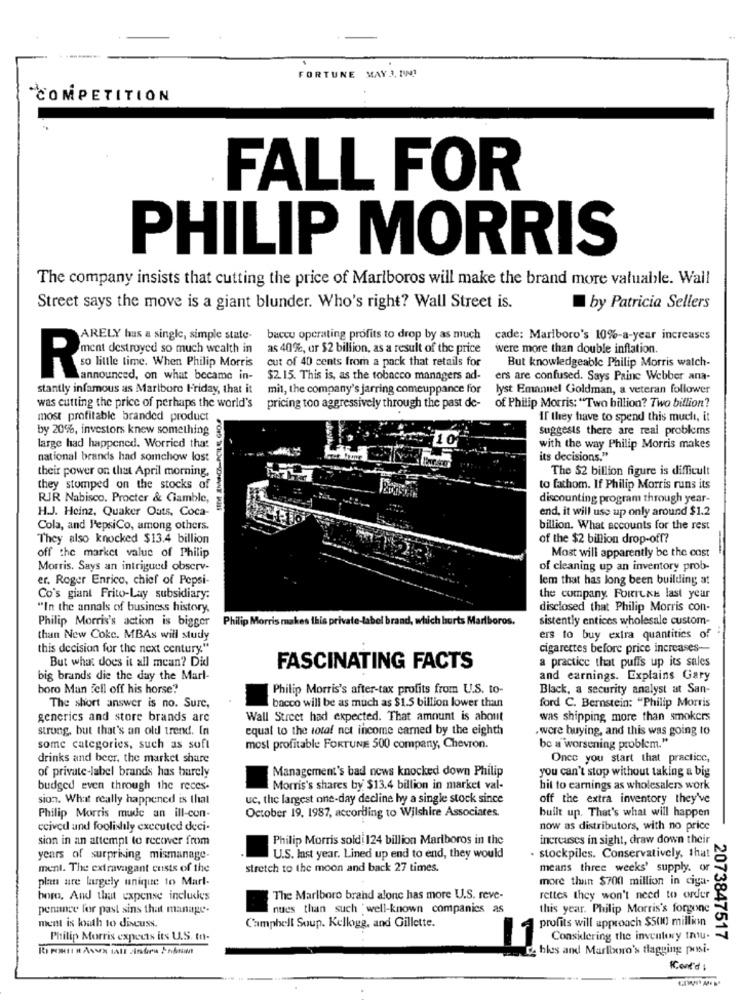
FORTUNE MAY 3. 11M1
"COMPETITION
FALL FOR
PHILIP MORRIS
The company insists that cutting the price of Marlboros will make the brand more valuable. Wall
Street says the move is a giant blunder. Who's right? Wall Street is.
by Patricia Sellers
ARELY hus a single, simple state-
baccu operating profits to drop by as much
cade: Mariboro's 10%-a-year increases
as 40%, or $2 billion, as a result of the price
were more than double inflation.
ment destroyed so much wealth in
cut of 40 cents from a pack that retails for
But knowledgeable Philip Morris watch-
Reis Ine, When Philip Morris
announced, on what became in-
$2.15. This is, as the tobacco managers ad-
ers are confused. Says Paine Webber ana-
stantly infamous as Marlboro Friday, that it
mit, the company's jarring comeuppance for
lyst Emanuel Goldman, a veteran follower
was cutting the price of perhaps the world's
pricing too aggressively through the past de-
of Philip Morris: "Two billion? Two billion?
most profitable branded product
If they have to spend this mucht, it
by 20%, investors knew something
suggests there are real problems
large had happened. Worried that
with the way Philip Morris makes
national brands had somchow lost
its decisions."
their power on that April morning,
The $2 billion figure is difficult
they stomped on the stocks of
to fathom. If Philip Morris runs its
RJR Nabisco. Procter & Ciamble,
discounting program through year-
H.J. Heinz, Quaker Outs, Coca-
end, it will use up only around $1.2
Cola, and PepsiCo, among others.
billion. What accounts for the rest
They also knocked $13.4 billion
of the $2 billion drop-off?
off the market value of Philip
Most will apparently be the cost
Morris. Says an intrigued observ-
of cleaning up an inventory prob-
er. Roger Enrico, chief of Pepsi-
lem that has long been building at
Co's giant Frito-Lay subsidiary:
the company. FORILKE last year
"In the annals of business history,
disclosed that Philip Morris con-
Philip Morris's action is bigger Philip Morris makes this private-label brand, which hurts Mariboros.
sistently entices wholesale custom-
than New Coke. MBAs will study
ers to buy extra quantities of
this decision for the next century."
cigarettes before price increases-
But what does it all mean? Did
a practice that puffs up its sales
FASCINATING FACTS
big brands die the day the Marl-
and earnings. Explains Gary
boro Man Fell off his horse?
Philip Morris's after-tax profits from U.S. to-
Black, a security analyst at San-
The short answer is no. Sure,
bacco will be as much as $1.5 billion lower than
ford C. Bernstein: "Philip Morris
generics and store brands are
Wall Street had expected. That amount is about
was shipping more than smokers
strong, but that's an old trend. In
equal to the total net income carned by the eighth
. wore buying, and this was going to
some categories, such as soft
most profitable FORTUNE 500 company, Chevron.
be a worsening problem."
drinks and beer, the market share
Once you start that practice,
of private-label brands has barely
Management's bad news knocked down Philip
you can't stop without taking a big
budged even through the reces.
Morris's shares by $13.4 billion in market val-
hit to earnings as wholesalers work
sion. What really happened is that
uc, the largest one-day decline hy a single stock since
off the extra inventory they've
October 19, 1987, according to Wilshire Associates.
built up. That's what will happen
Philip Morris mude an ill-con-
ccived and foolishly executed deci-
now as distributors, with no price
sion in an attempt to recover from
Philip Morris soldi 124 billion Mariboros in the
increases in sight, draw down their
years of surprising mismanage-
U.S. last year. Lined up end to end, they would
. stockpiles. Conservatively, that
ment. The extravagant custs of the
stretch to the moon and back 27 times.
means three weeks' supply. or
plan are largely unique to Marl-
more than $700 million in ciga-
boro, And that expense includes
The Marlboro brand alone has more U.S. reve-
rettes they won't need to order
penance for past sins that manage-
nues than such 'well-known companies as
this year. Philip Morris's forgone
ment is louth to discuss.
Campbell Suup. Kellogg, and Gillette.
profits will approach $5010 million
Philip Morris expects its U.S. to-
Considering the inventory thu.
2073847517
11
Ce bles and Marlboro's flagging posi-